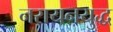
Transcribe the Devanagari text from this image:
नरायनयुद्ध